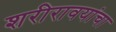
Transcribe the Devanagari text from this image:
शरीरावयांचा